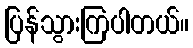
ပြန်သွားကြပါတယ်။